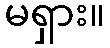
မရှား။